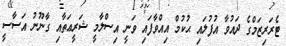
ޓެރަރިޒަމްގެ ދައުވާ އުފުލައި ޙުކުމް އިއްވާފައި ވަނީ އިސްލާމީ ޝަރީޢަތާއި ގާނޫނު އަސާސީ